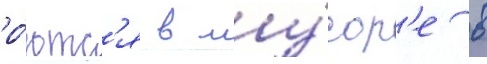
ро́ютс'я в му́сор'е в